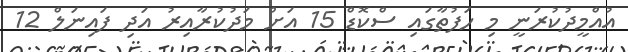
އުއްމީދުކުރަނީ މި ހަފުތާގައި ސްކޮޑް 15 އަށް މަދުކުރާއިރު އަދި ފައިނަލް 12